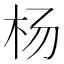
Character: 杨